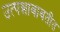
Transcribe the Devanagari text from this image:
उत्पन्नाबाबतीत